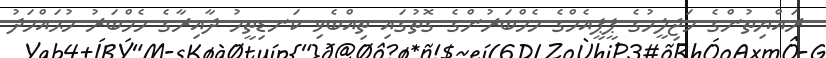
ރައްޔިތުންގެ މަޖިލީހުގެ ޕީޕީއެމްގެ މެމްބަރުންގެ ގޮތުގައި ތިއްބެވި ކަނޑިތީމު ދާއިރާގެ މެމްބަރު މުޙައްމަދު